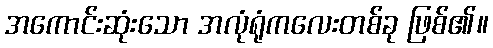
အကောင်းဆုံးသော အလုံရုံကလေးတစ်ခု ဖြစ်၏။